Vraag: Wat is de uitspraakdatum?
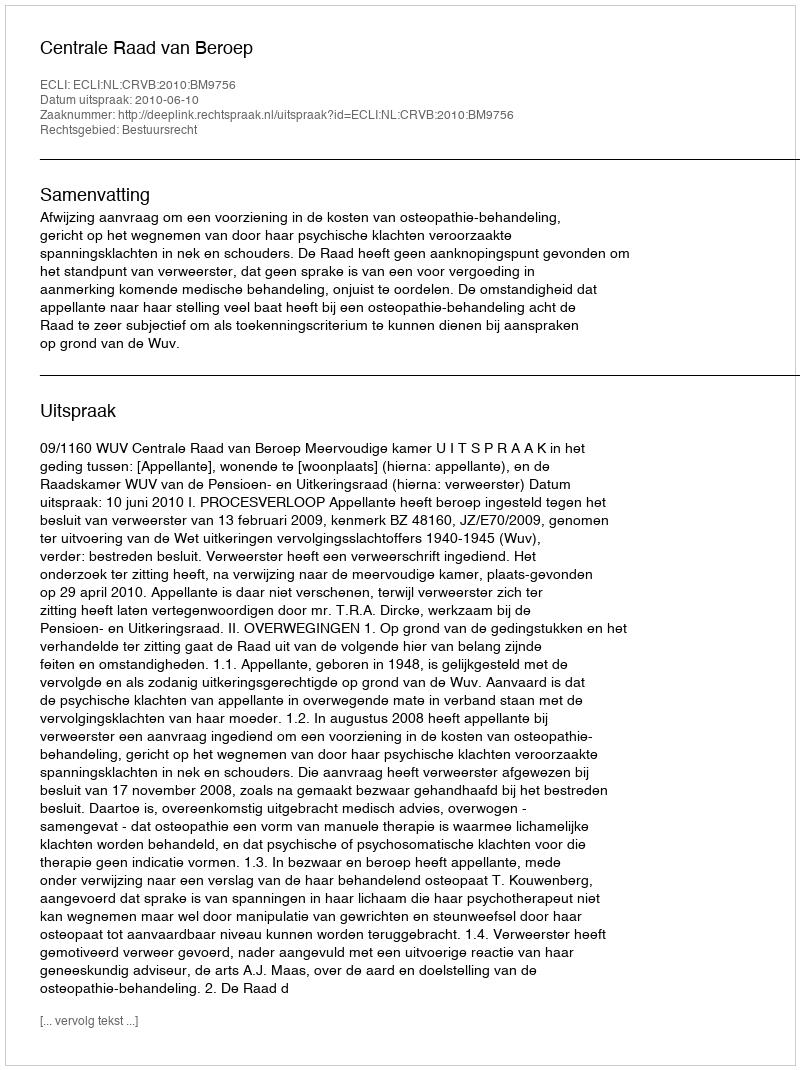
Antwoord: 2010-06-10